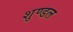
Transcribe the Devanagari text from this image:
शुण्डल